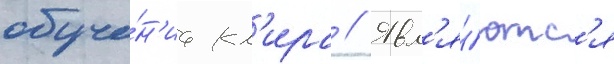
обуче́н'иа кл'ира // Явл'я́ютс'я